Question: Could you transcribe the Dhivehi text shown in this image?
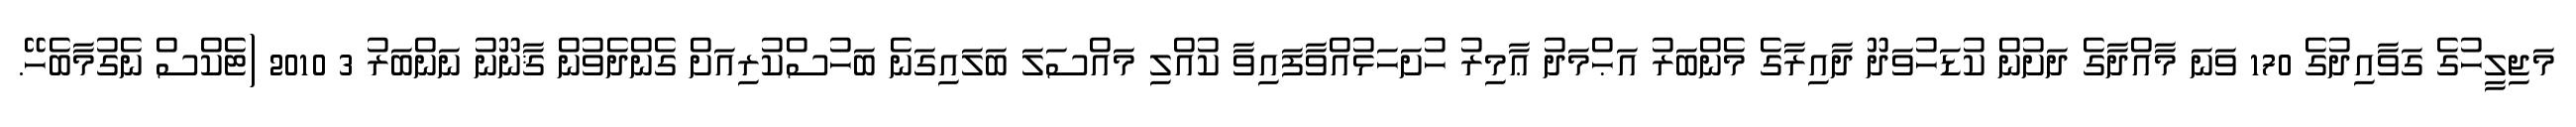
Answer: މަޖިލީހުގެ ގަވާއިދުގެ 170 ވަނަ މާއްދާގެ ދަށުން ކުޑަހުވަދޫ ދާއިރާގެ މެންބަރު އަޙްމަދު ޢާމިރު ހުށަހަޅުއްވާފައިވާ ކުއްލި މައްސަލަ ބަލައިގަނެ ބަހުސްކުރިއަށް ގެންދެވުން ޤާނޫނު ނަންބަރު 3 2010 (ޓެކްސް ނެގުމާބެހޭ.